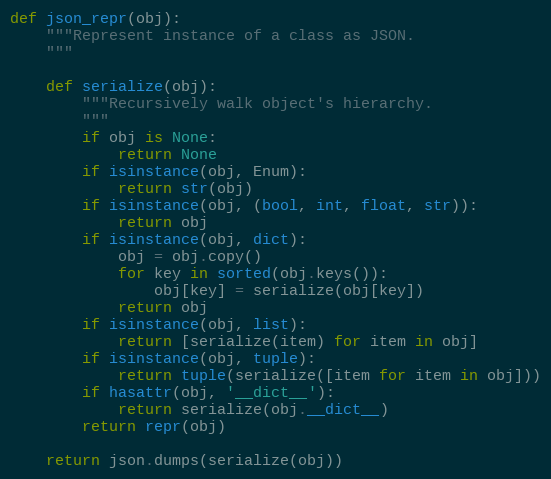
Language: Python
def json_repr(obj):
    """Represent instance of a class as JSON.
    """

    def serialize(obj):
        """Recursively walk object's hierarchy.
        """
        if obj is None:
            return None
        if isinstance(obj, Enum):
            return str(obj)
        if isinstance(obj, (bool, int, float, str)):
            return obj
        if isinstance(obj, dict):
            obj = obj.copy()
            for key in sorted(obj.keys()):
                obj[key] = serialize(obj[key])
            return obj
        if isinstance(obj, list):
            return [serialize(item) for item in obj]
        if isinstance(obj, tuple):
            return tuple(serialize([item for item in obj]))
        if hasattr(obj, '__dict__'):
            return serialize(obj.__dict__)
        return repr(obj)

    return json.dumps(serialize(obj))